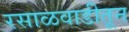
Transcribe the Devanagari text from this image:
रसाळवाडीतून